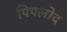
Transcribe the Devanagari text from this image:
पिपलोद